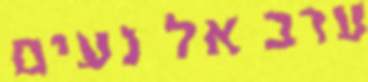
ערב אל נעים